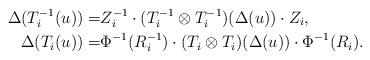
LaTeX: \begin{align*}\Delta(T_i^{-1}(u))=&Z_i^{-1}\cdot(T_i^{-1}\otimes T_i^{-1})(\Delta(u))\cdot Z_i,\\\Delta(T_i(u))=&\Phi^{-1}(R_i^{-1})\cdot(T_i\otimes T_i)(\Delta(u))\cdot \Phi^{-1}(R_i).\end{align*}